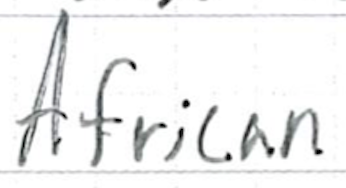
Text: African
Cross-out: clean
Writing tool: ballpoint